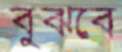
বুঝবে